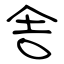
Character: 舎